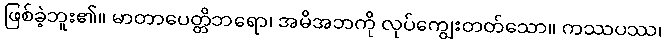
ဖြစ်ခဲ့ဘူး၏။ မာတာပေတ္တိဘရော၊ အမိအဘကို လုပ်ကျွေးတတ်သော။ ကဿပဿ၊